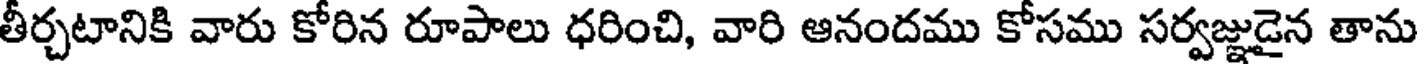
తీర్చటానికి వారు కోరిన రూపాలు ధరించి, వారి ఆనందము కోసము సర్వజ్ఞుడైన తాను